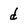
Character: d